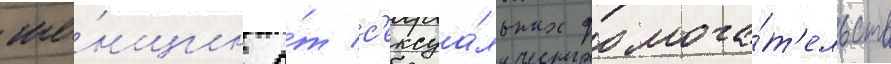
же́нщин о́т с'ексуа́льных домога́т'ельств